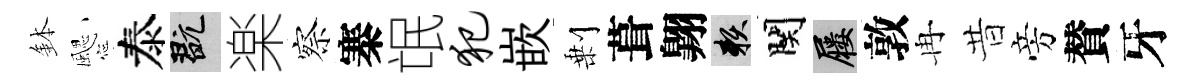
鉢颸泰玩楽察寨氓犯嵌剰葺翺賴関屨敦冉昔旁賛牙